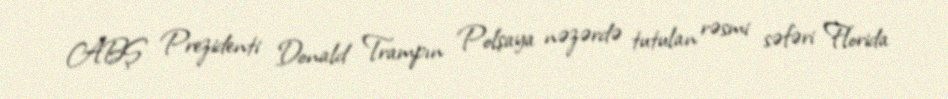
ABŞ Prezidenti Donald Trampın Polşaya nəzərdə tutulan rəsmi səfəri Florida